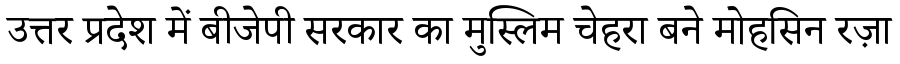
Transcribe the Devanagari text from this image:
उत्तर प्रदेश में बीजेपी सरकार का मुस्लिम चेहरा बने मोहसिन रज़ा